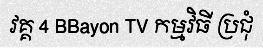
វគ្គ 4 BBayon TV កម្មវិធី ប្រជុំ